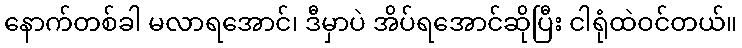
နောက်တစ်ခါ မလာရအောင်၊ ဒီမှာပဲ အိပ်ရအောင်ဆိုပြီး ငါရုံထဲဝင်တယ်။